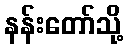
နန်းတော်သို့